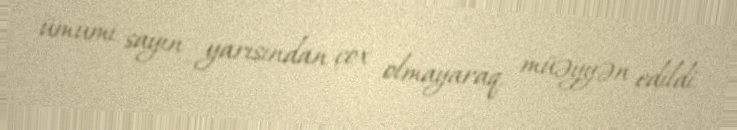
ümumi sayın yarısından çox olmayaraq, müəyyən edildi.